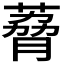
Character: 𫉆